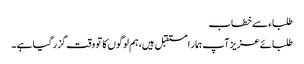
طلباء سے خطاب
طلبائے عزیز آپ ہمار ا مستقبل ہیں، ہم لوگوں کا تو وقت گزر گیا ہے ۔